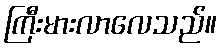
ကြီးမားလာလေသည်။